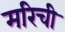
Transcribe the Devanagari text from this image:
मरिची